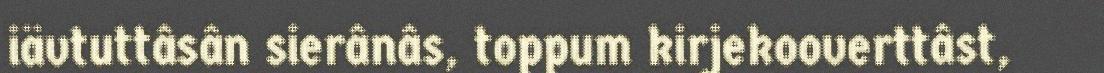
iävtuttâsân sierânâs, toppum kirjekooverttâst,